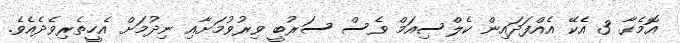
އޮމެގާ 3 އެކޭ އެއްފަދައިން ކެލްސިއަމް ވެސް ސަރުބީ ވިރުވުމަށާއި ނިދުމަށް އެހީތެރިވެދެއެވެ.